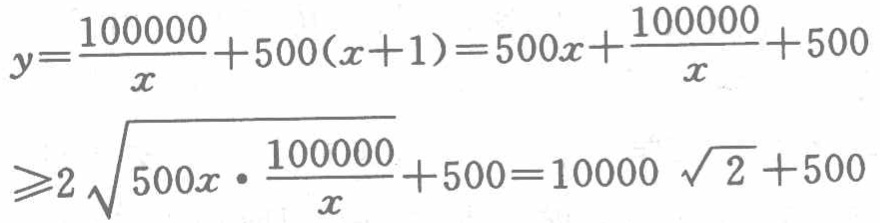
\[

\begin{align*}

y&=\frac{100000}{x}+500(x + 1)=500x+\frac{100000}{x}+500\\

&\geqslant2\sqrt{500x\cdot\frac{100000}{x}}+500=10000\sqrt{2}+500

\end{align*}

\]